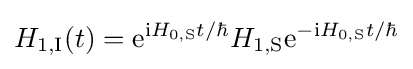
H_{1,{\text{I}}}(t)=\mathrm {e} ^{\mathrm {i} H_{0,{\text{S}}}t/\hbar }H_{1,{\text{S}}}\mathrm {e} ^{-\mathrm {i} H_{0,{\text{S}}}t/\hbar }